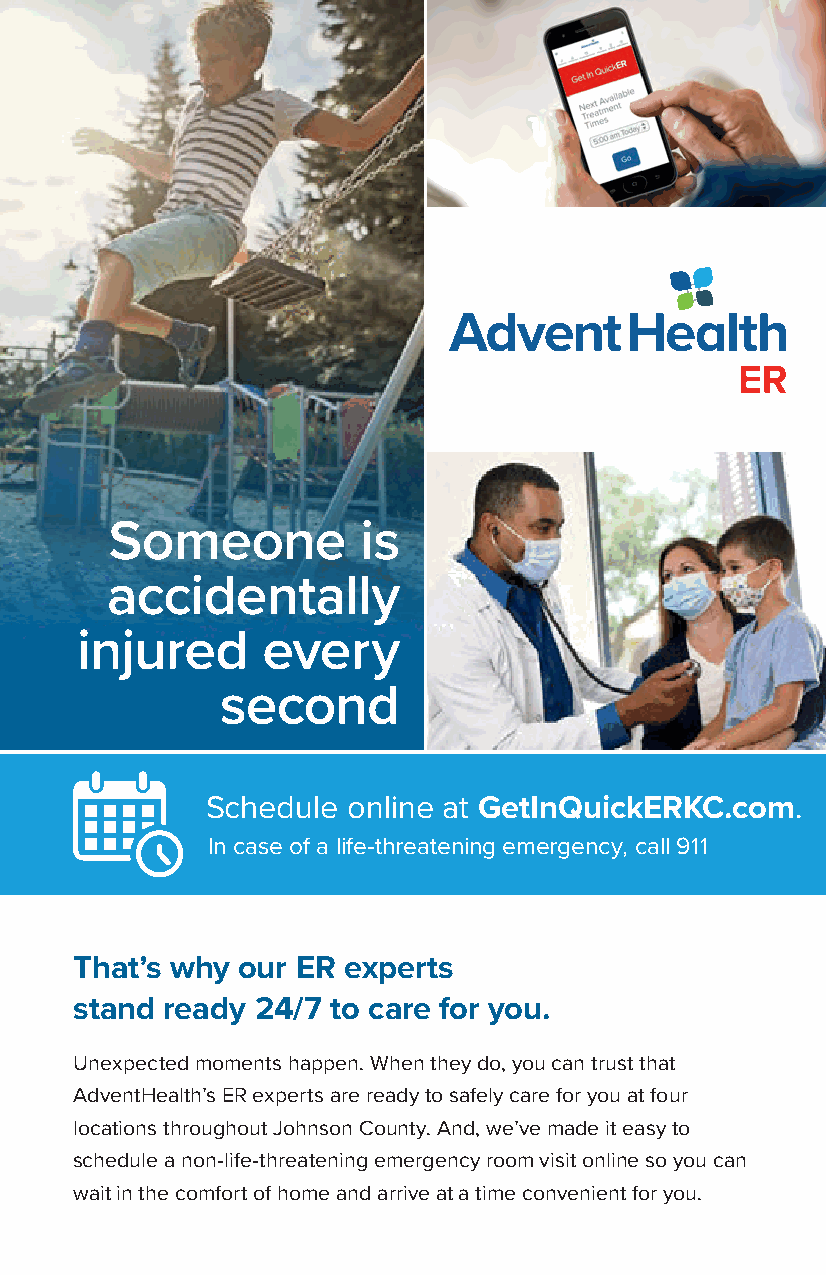
Someone          is
 accidentally
 injured     every
 second
 Schedule online at GetInQuickERKC.com.
 In case of a life-threatening emergency, call 911
 That’s why our ER experts
 stand ready 24/7 to care for you.
 Unexpected moments happen. When they do, you can trust that
 AdventHealth’s ER experts are ready to safely care for you at four
 locations throughout Johnson County. And, we’ve made it easy to
 schedule a non-life-threatening emergency room visit online so you can
 wait in the comfort of home and arrive at a time convenient for you.